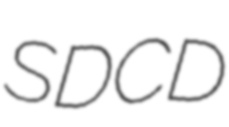
SDCD